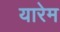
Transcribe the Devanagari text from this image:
यारेम